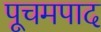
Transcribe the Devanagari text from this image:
पूचमपाद